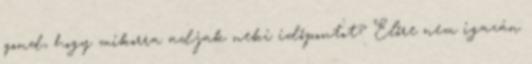
gond, hogy mikorra adjak neki időpontot? Előre nem igazán